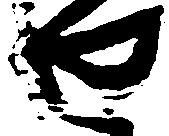
せ